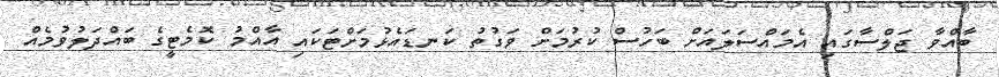
ބާއްވާ ޖަލްސާގައި އެމައްސަލައަށް ބަހުސް ކުރުމަށް ވަގުތު ކަނޑައެޅުމަށްޓަކައި އާއްމު ކޮމެޓީގެ ބައްދަލުވުމެއް